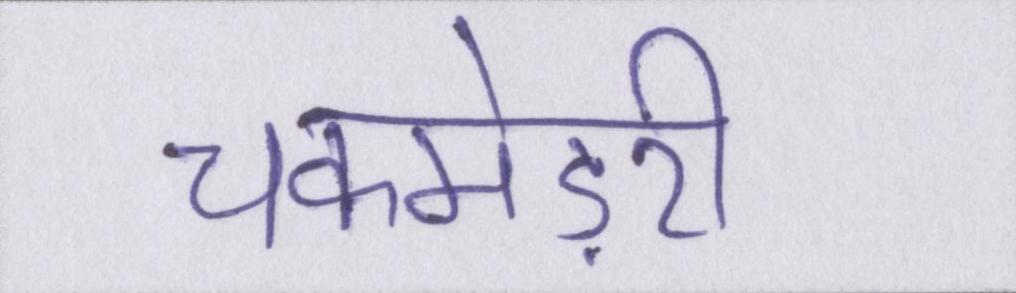
चकमेड़री